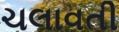
ચલાવતી